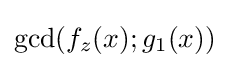
\gcd(f_{z}(x);g_{1}(x))